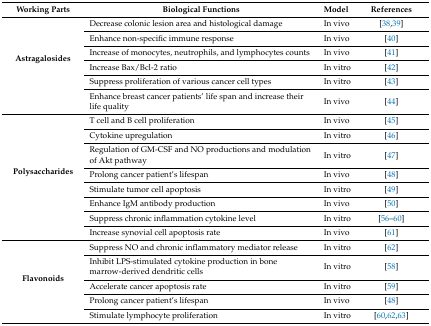
<table><thead><tr><td><b>Working Parts</b></td><td><b>Biological Functions</b></td><td><b>Model</b></td><td><b>References</b></td></tr></thead><tbody><tr><td rowspan="6"><b>Astragalosides</b></td><td>Decrease colonic lesion area and histological damage</td><td>In vivo</td><td>[38,39]</td></tr><tr><td>Enhance non-specific immune response</td><td>In vivo</td><td>[40]</td></tr><tr><td>Increase of monocytes, neutrophils, and lymphocytes counts</td><td>In vivo</td><td>[41]</td></tr><tr><td>Increase Bax/Bcl-2 ratio</td><td>In vitro </td><td>[42]</td></tr><tr><td>Suppress proliferation of various cancer cell types </td><td>In vitro</td><td>[43]</td></tr><tr><td>Enhance breast cancer patients’ life span and increase their life quality </td><td>In vivo</td><td>[44]</td></tr><tr><td rowspan="8"><b>Polysaccharides</b></td><td>T cell and B cell proliferation </td><td>In vivo</td><td>[45]</td></tr><tr><td>Cytokine upregulation</td><td>In vitro</td><td>[46]</td></tr><tr><td>Regulation of GM-CSF and NO productions and modulation of Akt pathway</td><td>In vitro</td><td>[47]</td></tr><tr><td>Prolong cancer patient’s lifespan </td><td>In vivo</td><td>[48]</td></tr><tr><td>Stimulate tumor cell apoptosis</td><td>In vitro</td><td>[49]</td></tr><tr><td>Enhance IgM antibody production</td><td>In vivo</td><td>[50]</td></tr><tr><td>Suppress chronic inflammation cytokine level</td><td>In vitro</td><td>[56,57,58,59,60]</td></tr><tr><td>Increase synovial cell apoptosis rate</td><td>In vivo</td><td>[61]</td></tr><tr><td rowspan="5"><b>Flavonoids</b></td><td>Suppress NO and chronic inflammatory mediator release</td><td>In vitro</td><td>[62]</td></tr><tr><td>Inhibit LPS-stimulated cytokine production in bone marrow-derived dendritic cells </td><td>In vitro</td><td>[58]</td></tr><tr><td>Accelerate cancer apoptosis rate </td><td>In vitro</td><td>[59]</td></tr><tr><td>Prolong cancer patient’s lifespan </td><td>In vivo</td><td>[48]</td></tr><tr><td>Stimulate lymphocyte proliferation</td><td>In vitro</td><td>[60,62,63]</td></tr></tbody></table>